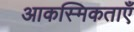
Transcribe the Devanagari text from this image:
आकस्मिकताएँ